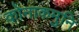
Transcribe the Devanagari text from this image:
कोनाकमुनि